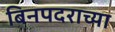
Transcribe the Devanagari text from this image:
बिनपदराच्या